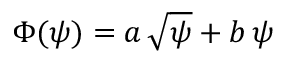
\Phi ( \psi ) = a \, \sqrt { \psi } + b \, \psi